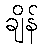
ချိန်